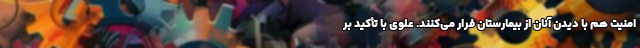
امنیت هم با دیدن آنان از بیمارستان فرار می‌کنند. علوی با تأکید بر